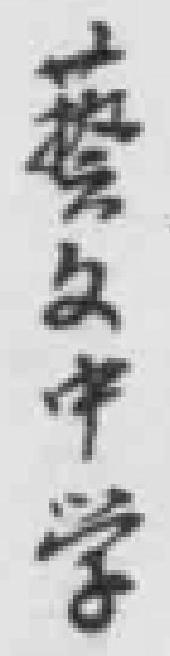
藝文中学